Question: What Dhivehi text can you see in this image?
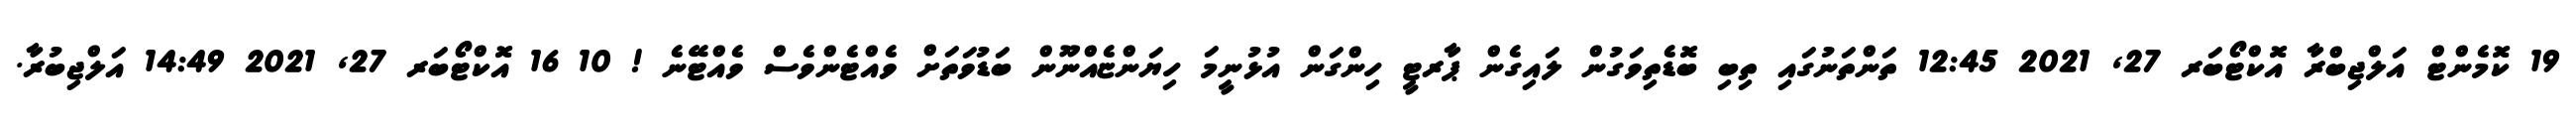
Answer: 19 ކޮމެންޓް އަލްޖިބްރާ އޮކްޓޯބަރ 27, 2021 12:45 ތަންތަނުގައި ތިބި ބޮޑެތިވަގުން ލައިގެން ޕާރޓީ ހިންގަން އުޅުނީމަ ހިޔަންޏެއްނޫން ބަޑުވަތަށް ވެއްޓެންވެސް ވެއްޓޭނެ ! 10 16 އޮކްޓޯބަރ 27, 2021 14:49 އަލްޖިބުރާ.